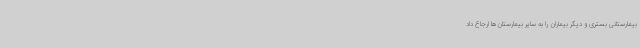
بیمارستانی بستری و دیگر بیماران را به سایر بیمارستان‌ها ارجاع داد